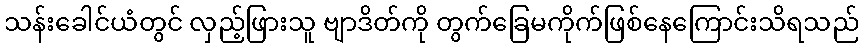
သန်းခေါင်ယံတွင် လှည့်ဖြားသူ ဗျာဒိတ်ကို တွက်ခြေမကိုက်ဖြစ်နေကြောင်းသိရသည်